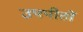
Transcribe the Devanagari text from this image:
उपपीठों